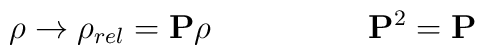
\rho \rightarrow \rho_{rel} =  {\bf P} \rho \hspace{2cm} {\bf P}^2 ={\bf P}